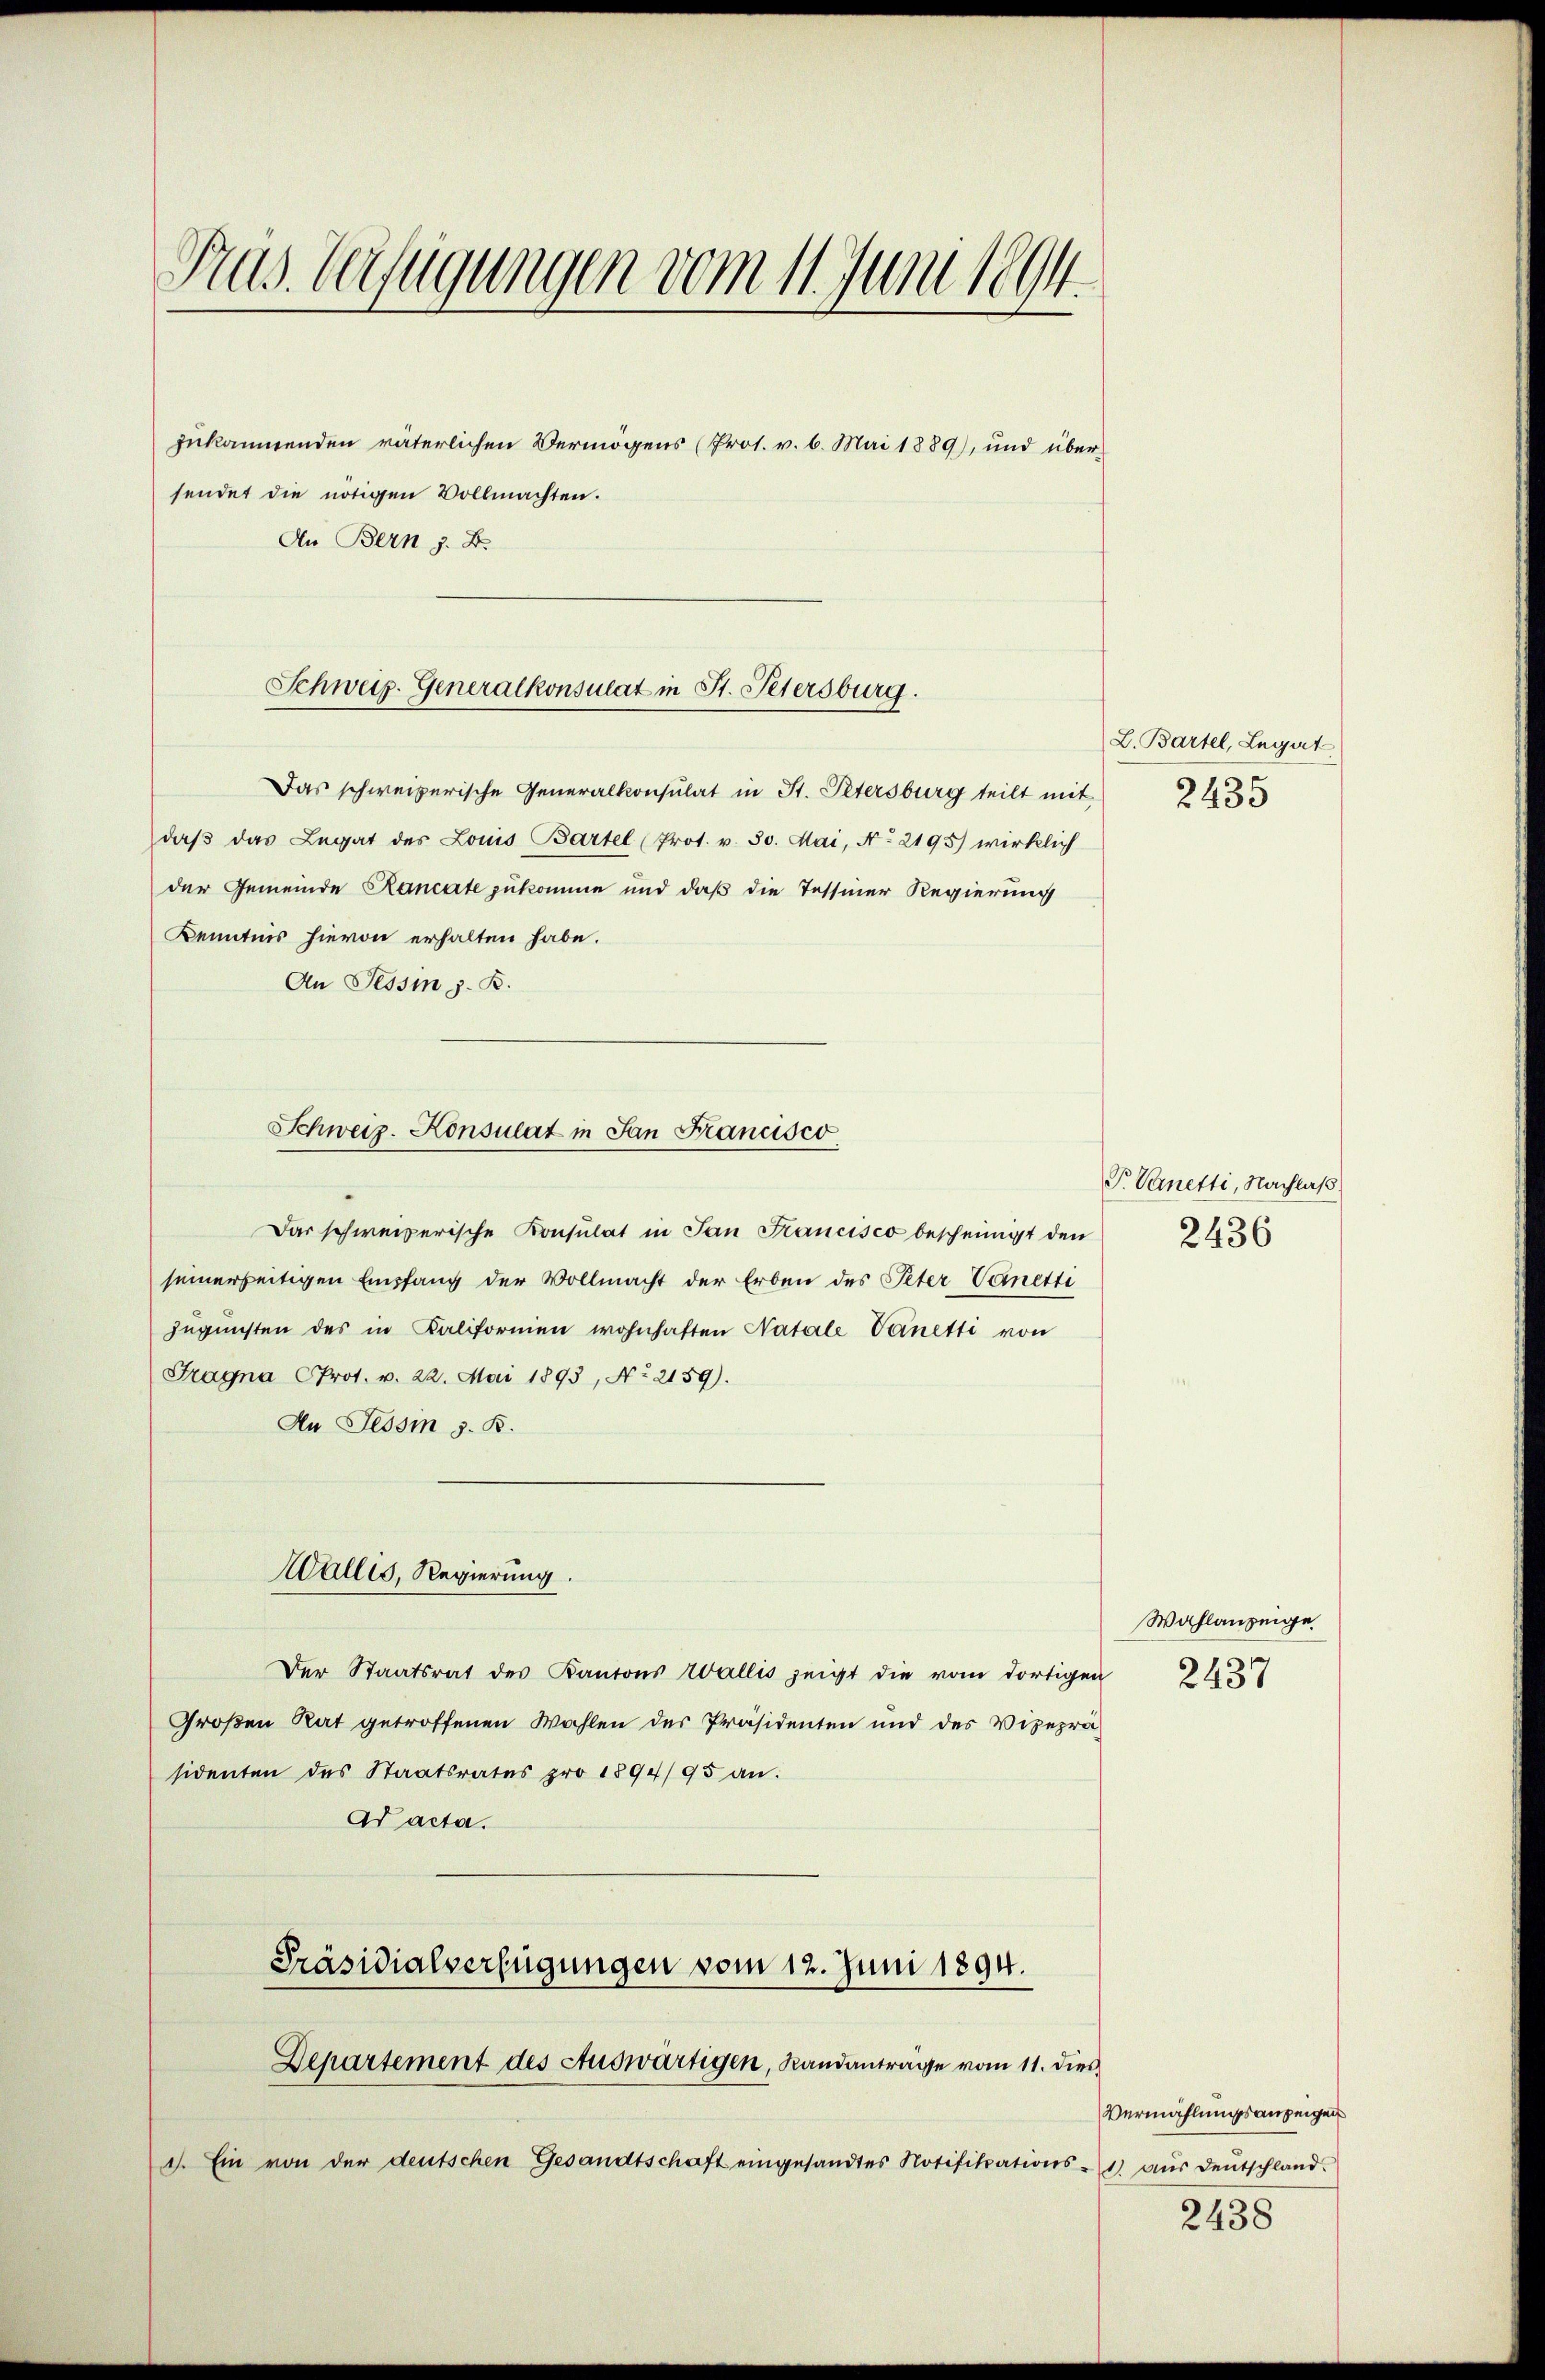
Pras. Verfügungen vom 11. Juni 1894.

zukommenden väterlichen Vermögens (Pros. v. 6. Mai 1889), und über
sendet die nötigen Vollmachten.
An Bern z. B.
Das schweizerische Generalkonsulat in St. Petersburg teilt mit
daß das Legat des Louis Bartel (Prot. v. 30. Mai, No 2195) wirklich
der Gemeinde Rancate zukomme und daß die Tessiner Regierung
Kenntnis hievon erhalten habe.
An Tessin z. B.
Das schweizerische Konsulat in San Francisco bescheinigt den
seinerseitigen Empfang der Vollmacht der Erben des Peter Vemetti
zugunsten des in Kaliformen wohnhaften Natale Venetti von
Fragna Prot. v. 22. Mai 1893, No 2159).
An Tessin z. B.
Wallis, Regierung.
Der Staatsrat des Kantons Wallis zeigt die vom dortigen
Großen Rat getroffenen Wahlen der Präsidenten und des Vizepräsidenten des Staatsrates pro 1894/95 an.
Ad acta.
Präsidialverfügungen vom 12. Juni 1894.
Departement des Auswärtigen, Randanträge vom 11. dies
1. Ein von der deutschen Gesandtschaft eingesandtes Notifikations- 1) aŭs deŭtschland.

Schweiz. Generalkonsulat in St. Petersburg.

Schweiz. Konsulat in San Francisco

L. Bartel, Legat
2435

T. Vanetti, Nachlaß
2436

Wahlanzeige
2437

Vermählungsanzeigen

2438